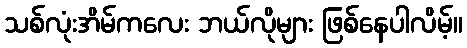
သစ်လုံးအိမ်ကလေး ဘယ်လိုများ ဖြစ်နေပါလိမ့်။